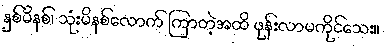
နှစ်မိနစ်၊ သုံးမိနစ်လောက် ကြာတဲ့အထိ ဖုန်းလာမကိုင်သေး။